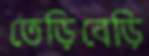
তেড়িবেড়ি